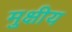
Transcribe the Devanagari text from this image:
मुक्षीय